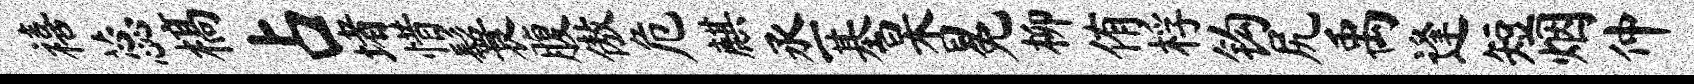
禧蕊槁占堵惜鬟腹傲危麒丞基杲冕柳侑桴钩尻禹逢短烟仲